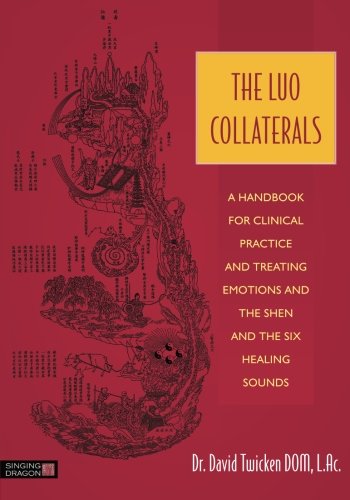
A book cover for The Luo Collaterals: A Handbook for Clinical Practice and Treating Emotions and the Shen and The Six Healing Sounds; David Twicken; Health, Fitness & Dieting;